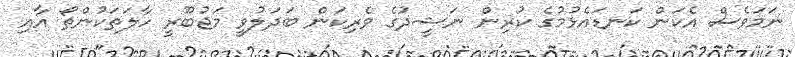
ނަމަވެސް އެކަން ކަނޑައެޅުމުގެ ކުރިން ނަޝީދުގެ ވެރިކަން ބަދަލުވީ މަޖުބޫރީ ހާލަތަކުންތޯ އާއި